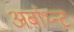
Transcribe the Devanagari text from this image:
अर्बाथ्न्ट